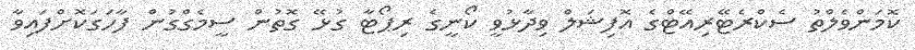
ކޮމަންވެލްތު ސެކްރެޓޭރިއޭޓްގެ އޮފިޝަލް ވިދާޅުވީ ކޯނީގެ ރިޕޯޓާ ގުޅޭ ގޮތުން ސީމެގްގުން ފާހަގަކޮށްފައިވާ